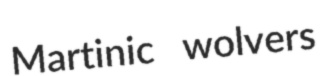
Martinic wolvers